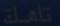
تاملکة